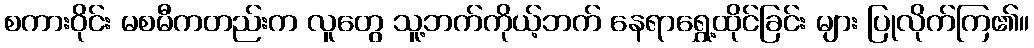
စကားဝိုင်း မစမီကတည်းက လူတွေ သူ့ဘက်ကိုယ့်ဘက် နေရာရွှေ့ထိုင်ခြင်း များ ပြုလိုက်ကြ၏။